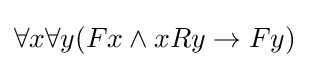
\forall x\forall y(Fx\land xRy\to Fy)